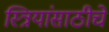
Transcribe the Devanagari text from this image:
स्त्रियांसाठीचे